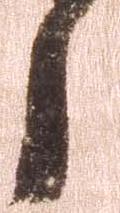
郎